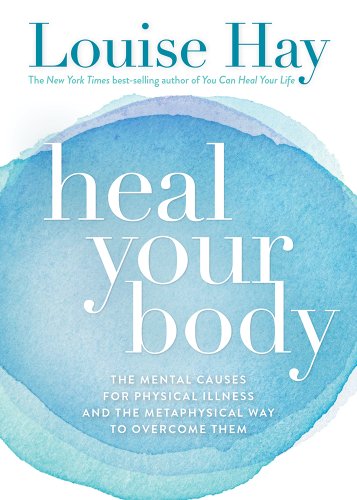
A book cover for Heal Your Body; Louise Hay; Health, Fitness & Dieting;